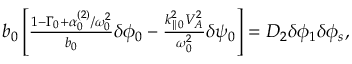
\begin{array} { r } { b _ { 0 } \left[ \frac { 1 - \Gamma _ { 0 } + \alpha _ { 0 } ^ { ( 2 ) } / \omega _ { 0 } ^ { 2 } } { b _ { 0 } } \delta \phi _ { 0 } - \frac { k _ { \parallel 0 } ^ { 2 } V _ { A } ^ { 2 } } { \omega _ { 0 } ^ { 2 } } \delta \psi _ { 0 } \right] = D _ { 2 } \delta \phi _ { 1 } \delta \phi _ { s } , } \end{array}